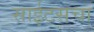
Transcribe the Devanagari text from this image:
साईटसचा